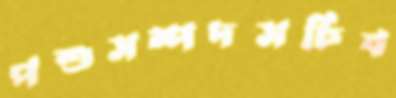
পশুসম্পদসচিব